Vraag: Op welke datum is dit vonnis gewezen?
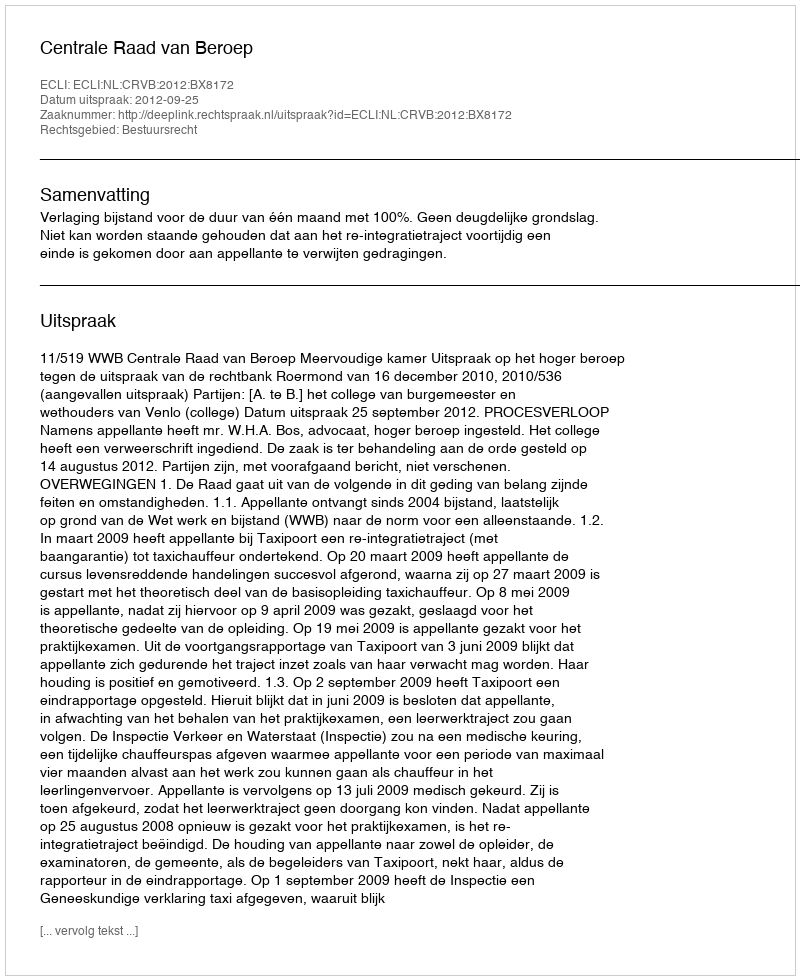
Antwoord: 2012-09-25